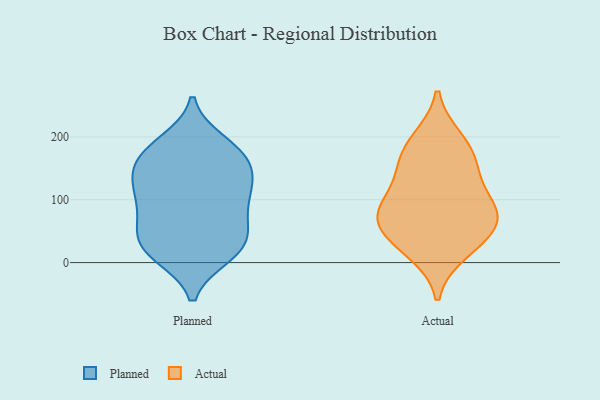
{"axis": {"x": "Website Visitors", "y": "Value"}, "legend": ["Actual", "Planned"], "data": [{"x": "", "y": 191, "type": "Planned"}, {"x": "", "y": 59, "type": "Planned"}, {"x": "", "y": 49, "type": "Planned"}, {"x": "", "y": 89, "type": "Planned"}, {"x": "", "y": 107, "type": "Planned"}, {"x": "", "y": 179, "type": "Planned"}, {"x": "", "y": 163, "type": "Planned"}, {"x": "", "y": 12, "type": "Planned"}, {"x": "", "y": 123, "type": "Planned"}, {"x": "", "y": 21, "type": "Planned"}, {"x": "", "y": 118, "type": "Planned"}, {"x": "", "y": 177, "type": "Planned"}, {"x": "", "y": 141, "type": "Planned"}, {"x": "", "y": 41, "type": "Planned"}, {"x": "", "y": 16, "type": "Planned"}, {"x": "", "y": 130, "type": "Planned"}, {"x": "", "y": 166, "type": "Planned"}, {"x": "", "y": 79, "type": "Planned"}, {"x": "", "y": 21, "type": "Planned"}, {"x": "", "y": 180, "type": "Actual"}, {"x": "", "y": 84, "type": "Actual"}, {"x": "", "y": 88, "type": "Actual"}, {"x": "", "y": 140, "type": "Actual"}, {"x": "", "y": 151, "type": "Actual"}, {"x": "", "y": 18, "type": "Actual"}, {"x": "", "y": 37, "type": "Actual"}, {"x": "", "y": 195, "type": "Actual"}, {"x": "", "y": 80, "type": "Actual"}, {"x": "", "y": 47, "type": "Actual"}, {"x": "", "y": 75, "type": "Actual"}]}